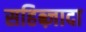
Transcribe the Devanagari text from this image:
सहिब्ज़ादा